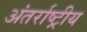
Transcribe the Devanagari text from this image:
अंतर्राष्ट्रीय